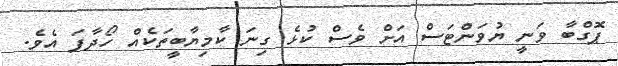
ޕޮގްބާ ވަނީ ޔުވަންޓަސް އަށް ވެސް ކުޅެ ގިނަ ކާމިޔާބީތަކެއް ހޯދާފަ އެވެ.